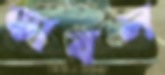
ডাবল